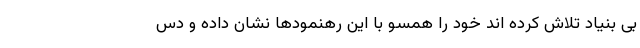
بی بنیاد تلاش کرده اند خود را همسو با این رهنمودها نشان داده و دس